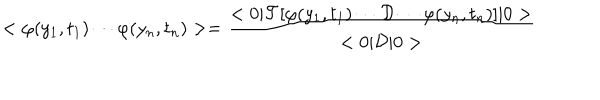
LaTeX: < \varphi ( y _ { 1 } , t _ { 1 } ) \cdots \varphi ( y _ { n } , t _ { n } ) > = \frac { < 0 | { \cal { T } } [ \varphi ( y _ { 1 } , t _ { 1 } ) \cdots { \cal { D } } \cdots \varphi ( y _ { n } , t _ { n } ) ] | 0 > } { < 0 | { \cal { D } } | 0 > }